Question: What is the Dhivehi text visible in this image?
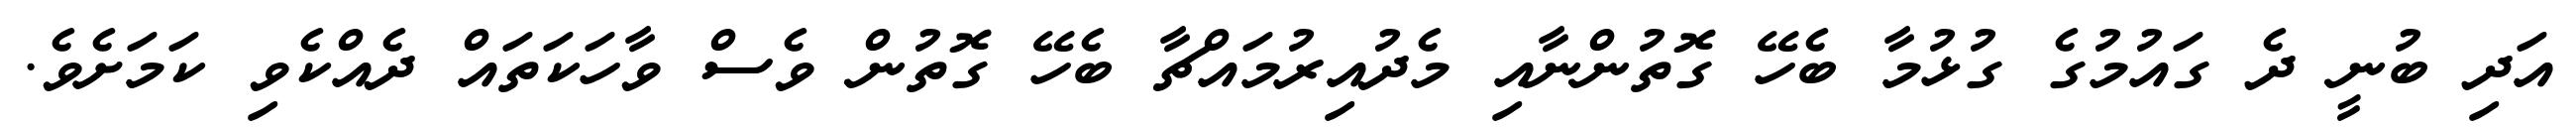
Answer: އަދި ބުނީ ދެ ގައުމުގެ ގުޅުމާ ބެހޭ ގޮތުންނާއި މެދުއިރުމައްޗާ ބެހޭ ގޮތުން ވެސް ވާހަކަތައް ދެއްކެވި ކަމަށެވެ.